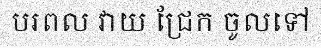
បរពល វាយ ជ្រែក ចូលទៅ